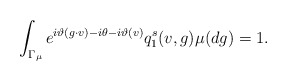
\begin{align*}\int_{\Gamma_{\mu}} e^{i \vartheta(g\cdot v) - i\theta - i\vartheta(v) } q_1^s(v,g) \mu(dg) = 1. \end{align*}